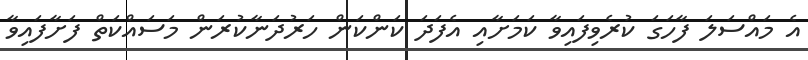
އެ މައްސަލަ ފާހަގަ ކުރެވިފައިވާ ކަމަށާއި އެފަދަ ކަންކަން ހަރުދަނާކުރަން މަސައްކަތް ފަށާފައިވާ